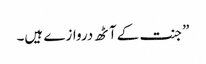
”جنت کے آٹھ دروازے ہیں۔